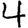
Digit: 4